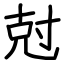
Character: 尅